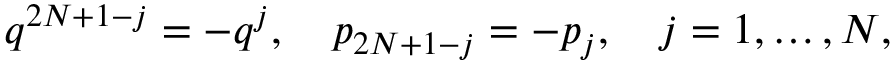
q ^ { 2 N + 1 - j } = - q ^ { j } , \quad p _ { 2 N + 1 - j } = - p _ { j } , \quad j = 1 , \ldots , N ,